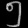
Digit: ၅